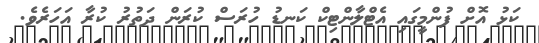
ކަޅު އޮށް ފުންމީގައި އެޓްލާންޓިކް ކަނޑު ހުރަސް ކުރަން ދަތުރު ކުރާ އަހަރެވެ.